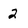
Character: 2